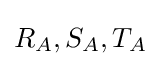
{\textstyle R_{A},S_{A},T_{A}}